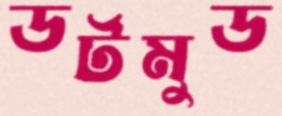
ডর্টমুড